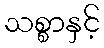
သစ္စာနှင့်